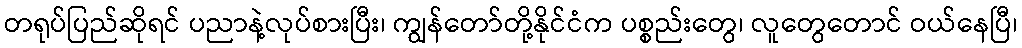
တရုပ်ပြည်ဆိုရင် ပညာနဲ့လုပ်စားပြီး၊ ကျွန်တော်တို့နိုင်ငံက ပစ္စည်းတွေ၊ လူတွေတောင် ဝယ်နေပြီ၊